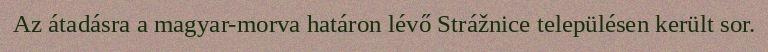
Az átadásra a magyar-morva határon lévő Strážnice településen került sor.